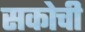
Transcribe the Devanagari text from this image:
सकोची